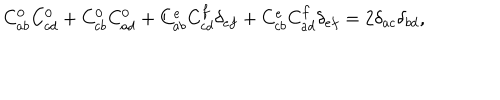
C _ { a b } ^ { 0 } C _ { c d } ^ { 0 } + C _ { c b } ^ { 0 } C _ { a d } ^ { 0 } + C _ { a b } ^ { e } C _ { c d } ^ { f } \delta _ { e f } + C _ { c b } ^ { e } C _ { a d } ^ { f } \delta _ { e f } = 2 \delta _ { a c } \delta _ { b d } ,